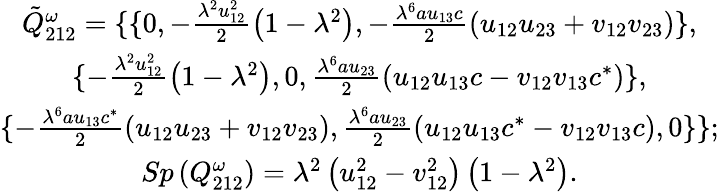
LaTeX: \begin{array}{c}{{{\tilde{Q}}_{212}^{\omega}=\{ \{ 0,-\frac{\lambda^{2}u_{12}^{2}}2\left(1-\lambda^{2}\right),-\frac{\lambda^{6}au_{13}c}2\left(u_{12}u_{23}+v_{12}v_{23}\right)\} ,}}\\ {{\{ -\frac{\lambda^{2}u_{12}^{2}}2\left(1-\lambda^{2}\right),0,\frac{\lambda^{6}au_{23}}2\left(u_{12}u_{13}c-v_{12}v_{13}c^{*}\right)\} ,}}\\ {{\{ -\frac{\lambda^{6}au_{13}c^{*}}2\left(u_{12}u_{23}+v_{12}v_{23}\right),\frac{\lambda^{6}au_{23}}2\left(u_{12}u_{13}c^{*}-v_{12}v_{13}c\right),0\} \} ;}}\\ {{Sp\left(Q_{212}^{\omega}\right)=\lambda^{2}\left(u_{12}^{2}-v_{12}^{2}\right)\left(1-\lambda^{2}\right).}}\end{array}